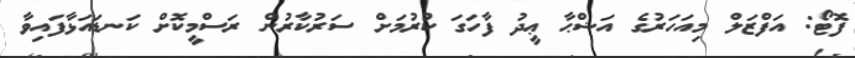
ފޮޓޯ: އަފްޒަލް މިއަހަރުގެ އަޟްޙާ ޢީދު ފާހަގަ ކުރުމަށް ސަރުކާރުން ރަސްމީކޮށް ކަނޑައަޅާފައިވާ